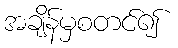
အချိန်မှစတင်၍